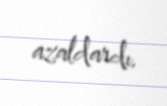
azaldardı.